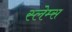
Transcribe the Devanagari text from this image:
स्लेम्स